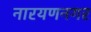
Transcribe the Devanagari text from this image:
नारयणनगर